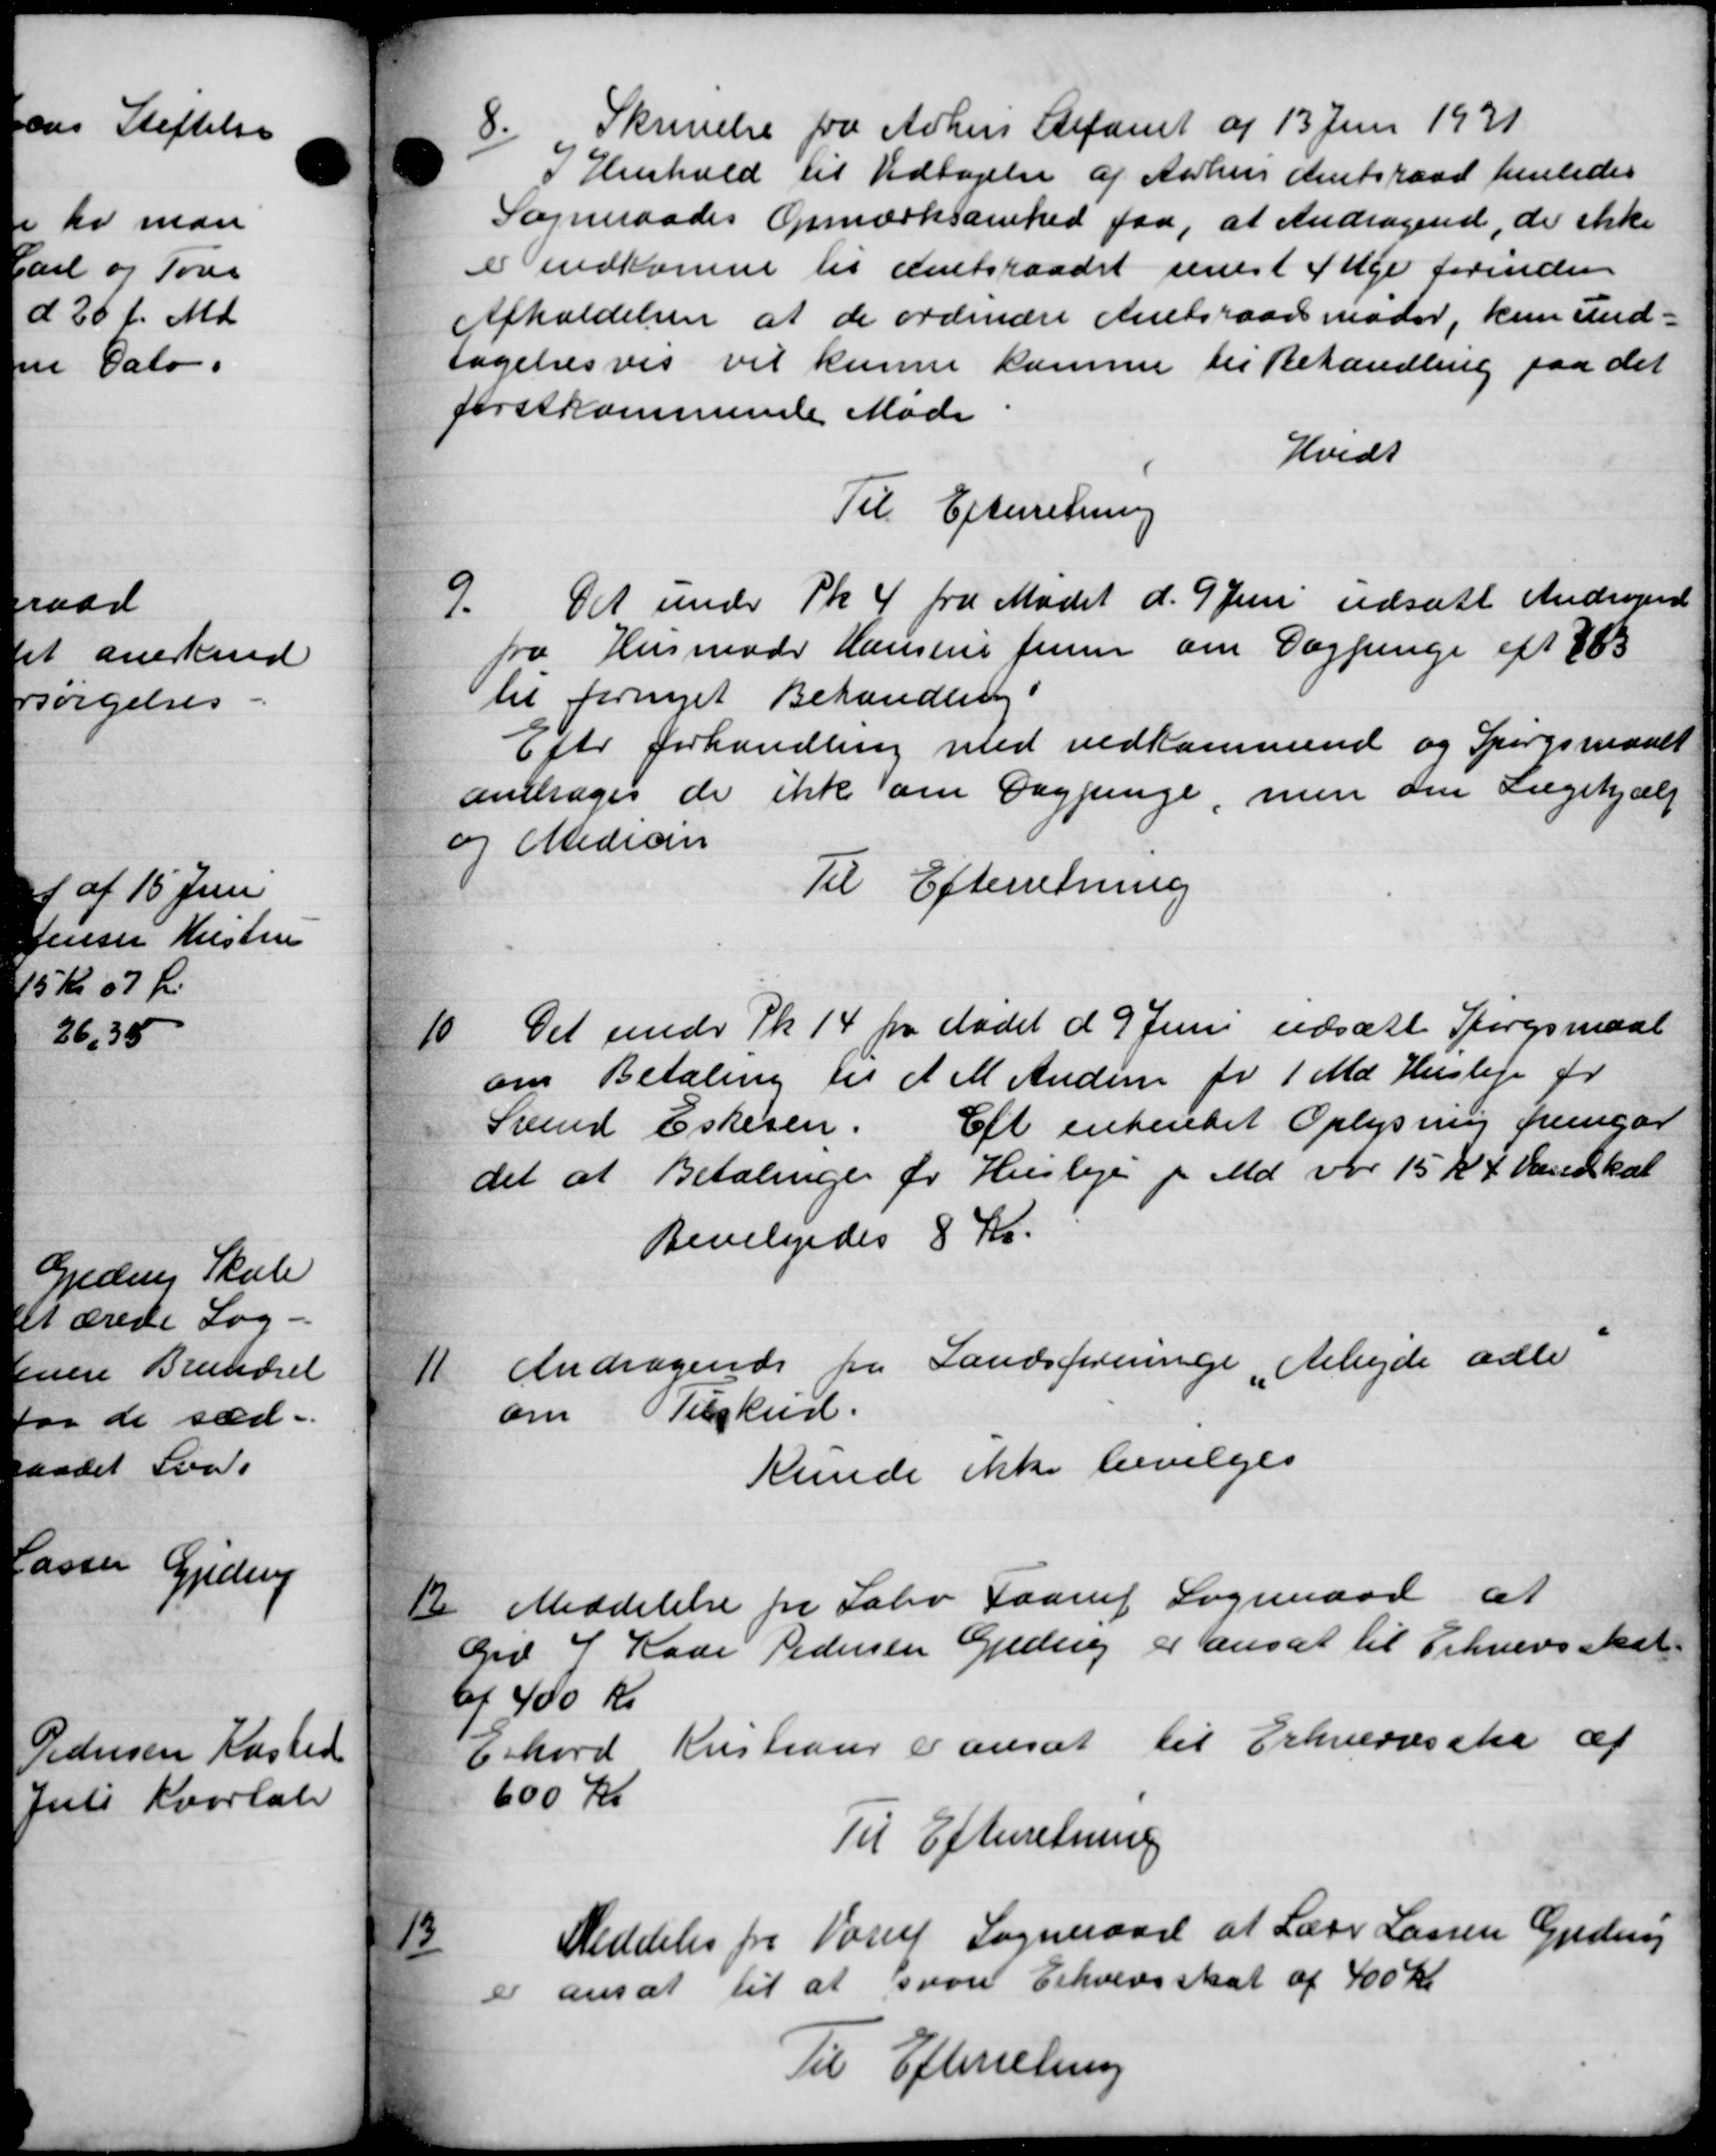
Transskription:
8.
Skrivelse fra Århus Stifamt af 13 Juni 1931
I Henhold til Vedtagelse af Aarhus Amtsraad henledes
Sogneraades Opmærksomhed faa, at Andragende, de ikke
e indkomne til Amtsraadet senest Inge forinden
Afholdelsen at de ordinære Amtsraadsmøder, kun und-
tagelsesvis vil kunne kommen til Behandling paa det
førstkommende Møde
Hvidt
Til Efterretning
9.
Det under Pk. 4 fra Mødet d. 9 Juni udsatt Andragende
fra Husmode Hansens Jensen om Dagpenge eft 883
til fornyet Behandling
Efter forhandling med vedkommende og Spørgsmaalt
andrages de ikke om Dagpenge, men om Lægehjælp
og Medicin
Til Efterretning
10.
Det under Pk. 14 fr Mødet d. 9 Juni udsætte Spørgsmaal
om Betaling til A M Andersen for 1 Md Husleje for
Svend Eskesen. Eft enkentet Oplysning fremgår
det at Betalinger for Husleje f. Md. var 15 Kr 4. Vandkal
Bevilgedes 8 Kr.
11
Andragende fra Landsforeninge Arbejde adle
om Tilskud.
Kunde ikke bevilges
12.
Meddelelse fra Sabro Faarup Sogneraad at
Grd J Rade Pedersen Gjedevej er ansat til Erhvervsskat
af 400 Kr
Erhard Kristians Dansat til Erhvervsska af
600 Kr
Til Efterretning
13
Meddeles fra Vorup Sogneraad at Lærer Larsen Guden
er ansat til at von Erhvervsskat af 400 Kr
Til Efterretning